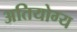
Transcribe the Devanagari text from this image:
अतियोग्य